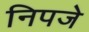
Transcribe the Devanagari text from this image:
निपजे